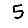
Digit: 5